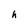
Character: h